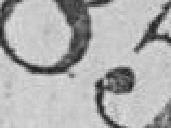
85